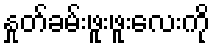
နှုတ်ခမ်းဖူးဖူးလေးကို